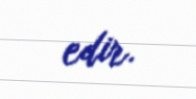
edir.